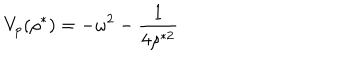
V _ { p } ( \rho ^ { * } ) = - \omega ^ { 2 } - \frac { 1 } { 4 \rho ^ { * 2 } }